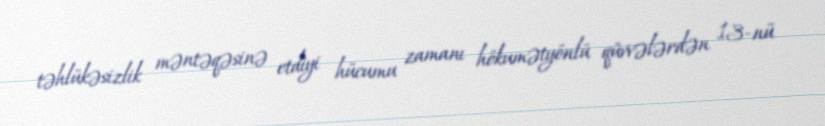
təhlükəsizlik məntəqəsinə etdiyi hücumu zamanı hökumətyönlü qüvvələrdən 13-nü